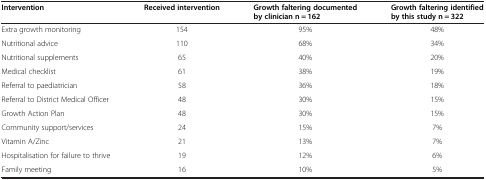
<table><thead><tr><td><b>Intervention</b></td><td><b>Received intervention</b></td><td><b>Growth faltering documented by clinician n = 162</b></td><td><b>Growth faltering identified by this study n = 322</b></td></tr></thead><tbody><tr><td>Extra growth monitoring</td><td>154</td><td>95%</td><td>48%</td></tr><tr><td>Nutritional advice</td><td>110</td><td>68%</td><td>34%</td></tr><tr><td>Nutritional supplements</td><td>65</td><td>40%</td><td>20%</td></tr><tr><td>Medical checklist</td><td>61</td><td>38%</td><td>19%</td></tr><tr><td>Referral to paediatrician</td><td>58</td><td>36%</td><td>18%</td></tr><tr><td>Referral to District Medical Officer</td><td>48</td><td>30%</td><td>15%</td></tr><tr><td>Growth Action Plan</td><td>48</td><td>30%</td><td>15%</td></tr><tr><td>Community support/services</td><td>24</td><td>15%</td><td>7%</td></tr><tr><td>Vitamin A/Zinc</td><td>21</td><td>13%</td><td>7%</td></tr><tr><td>Hospitalisation for failure to thrive</td><td>19</td><td>12%</td><td>6%</td></tr><tr><td>Family meeting</td><td>16</td><td>10%</td><td>5%</td></tr></tbody></table>